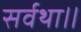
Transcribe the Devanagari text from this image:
सर्वथा॥